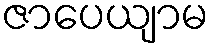
ဇာပေယျာမ